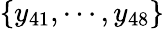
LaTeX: \{ y_{41},\cdots,y_{48}\}